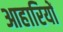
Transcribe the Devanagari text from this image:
आहारियों